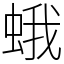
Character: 蛾